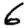
Digit: 6